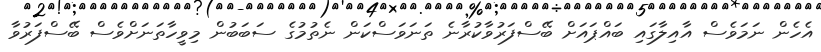
އެހެން ނަމަވެސް އާއިލާގައި ބައްޕައަށް ބޭސްފަރުވާކުރާނެ ތަނަވަސްކަން ނެތުމުގެ ސަބަބުން މިވީހާތަނަށްވެސް ބޭސްފަރުވާ